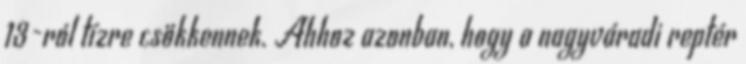
13-ról tízre csökkennek. Ahhoz azonban, hogy a nagyváradi reptér